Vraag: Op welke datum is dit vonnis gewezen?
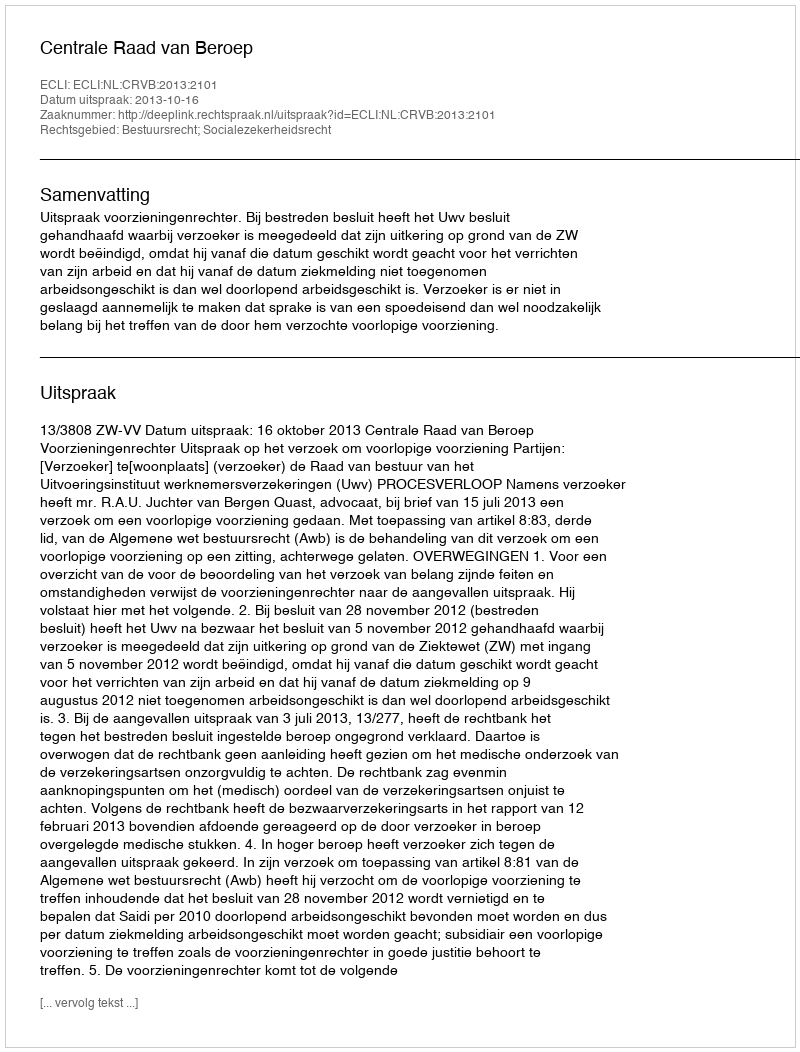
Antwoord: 2013-10-16